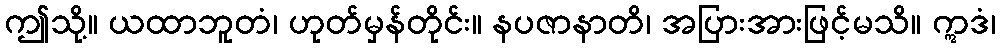
ဤသို့။ ယထာဘူတံ၊ ဟုတ်မှန်တိုင်း။ နပဇာနာတိ၊ အပြားအားဖြင့်မသိ။ ဣဒံ၊